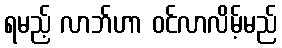
ရမည့် လာဘ်ဟာ ဝင်လာလိမ့်မည်